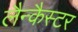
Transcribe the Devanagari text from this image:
लैन्कैस्टर